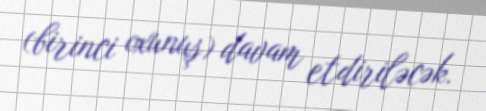
(birinci oxunuş) davam etdiriləcək.